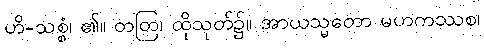
ဟိ-သစ္စံ၊ ၏။ တတြ၊ ထိုသုတ်၌။ အာယသ္မတော မဟကဿစ၊